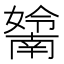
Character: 𡣤